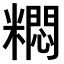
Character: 𫃐